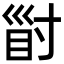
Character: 𡬲